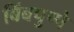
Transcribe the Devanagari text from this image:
बिंबपुष्पे